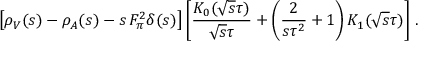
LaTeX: \left[ \rho _ { V } ( s ) - \rho _ { A } ( s ) - s \, F _ { \pi } ^ { 2 } \delta ( s ) \right] \left[ \frac { K _ { 0 } ( \sqrt { s } \tau ) } { \sqrt { s } \tau } + \left( \frac { 2 } { s \tau ^ { 2 } } + 1 \right) K _ { 1 } ( \sqrt { s } \tau ) \right] \, .